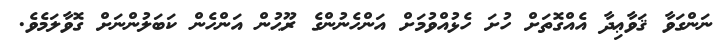
ނަންގަވާ ޤަވާޢިދާ އެއްގޮތަށް ހުށަ ހެޅުއްވުމަށް އަންހެނުންގެ ރޫޙުން އަންހެން ކަބަލުންނަށް ގޮވާލަމެވެ.